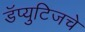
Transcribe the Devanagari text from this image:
डॅप्युटिजचे